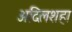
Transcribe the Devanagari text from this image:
अदिलशहा